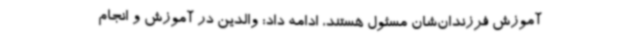
آموزش فرزندان‌شان مسئول هستند، ادامه داد: والدین در آموزش و انجام